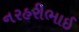
નરહરીભાઈ